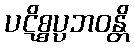
ပဋိစ္စပ္ပဘဝန္တိ